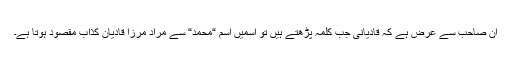
ان صاحب سے عرض ہے کہ قادیانی جب کلمہ پڑھتے ہیں تو اسمیں اسم “محمد“ سے مراد مرزا قادیان کذاب مقصود ہوتا ہے۔